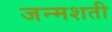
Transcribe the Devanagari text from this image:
जन्‍मशती